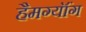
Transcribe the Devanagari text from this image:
हैमग्यॉंग